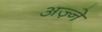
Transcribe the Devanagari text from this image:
अज़्ने